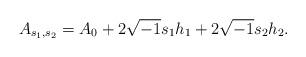
LaTeX: \begin{align*} A_{s_1, s_2} = A_0 + 2\sqrt{-1} s_1 h_1 + 2\sqrt{-1} s_2 h_2.\end{align*}